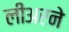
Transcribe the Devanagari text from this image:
लीअरने